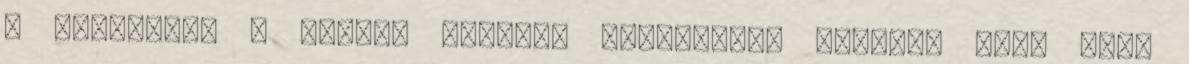
a keretben. A magyar futball viszonyait ismerve nagy szó,